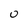
Character: 0